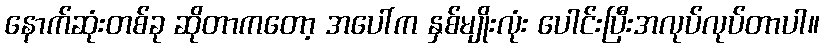
နောက်ဆုံးတစ်ခု ဆိုတာကတော့ အပေါ်က နှစ်မျိုးလုံး ပေါင်းပြီးအလုပ်လုပ်တာပါ။